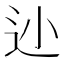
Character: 𲅌